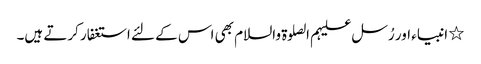
٭ انبیاء اور رُسل علیہم الصلوۃ والسلام بھی اس کے لئے استغفار کرتے ہیں۔